Report by Surgeon-Major Lyons, I.M.S., President of the Plague Research Committee - Part I
Disease focus: Plague
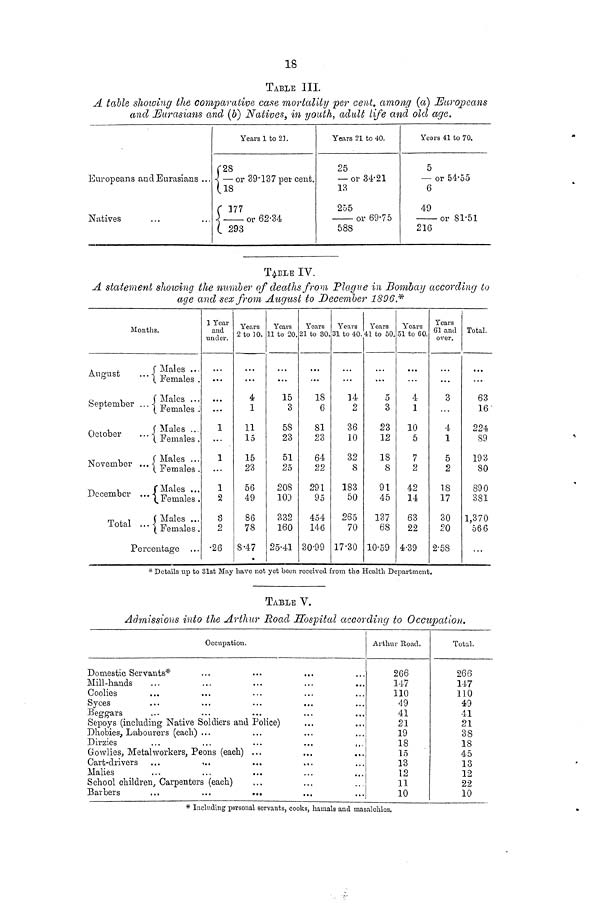
18
TABLE III.
A table showing the comparative case mortality per cent. among (a) Europeans
and Eurasians and (b) Natives, in youth, adult life and old age.
Europeans and Eurasians ...
Natives
Years 1 to 21
28
i —or 39.137 per cent.
18
177
. or 62.34
293
Years 21 to 40.
25
— or 34.21
13
255
or 69.75
588
Years 41 to 70.
5
— or 54.55
6
49
or 81.51
216
TABLE IV.
A statement showing the number of deaths from Plague in Bombay according to
age and sex from August to December 1896 *
Months.
August
September ..
October
November ..
December ..
Total ..
Males ...
Females .
Males ...
Females .
Males ...
' Females .
Males ...
" Females .
Males ...
" Females .
Males ...
' Females .
Percentage
1 Year
and
under.
...
...
1
...
1
...
1
2
2
3
2
•26
Years
2 to 10.
...
4
1
11
15
15
23
56
49
86
78
8.47
Years
11 to 20.
...
15
3
58
23
51
25
208
109
332
160
25.41
Years
21 to 30
...
18
6
81
23
64
22
291
95
454
146
30.99
Years
31 to 40.
14
2
36
10
32
S
183
50
265
70
17.30
Years
41 to 50
...
5
3
23
12
18
8
91
45
137
68
10.59
Years
51 to GO.
4
1
10
5
7
2
42
14
63
22
4.39
Years
61 and
over.
...
3
...
4
1
5
2
18
17
30
20
2.58
Total.
...
63
16.
224
89
193
80
890
381
1,370
566
* Details up to 31st May have not yet been received from the Health Department.
TABLE V.
Admissions into the Arthur Road Hospital according to Occupation.
Occupation.
Domestic Servants*
Mill-hands
Coolies
Syces
Beggars
Sepoys (including Native Soldiers and Police)
Dhobies, Labourers (each) ...
Dirzies
...
...
...
...
,..
Gowlies, Metalworkers, Peons (each) ...
Cart-drivers
Malies
School children, Carpenters (each)
Barbers
...
...
...
Arthur Road.
266
147
110
49
41
21
19
18
15
13
12
11
10
Total.
266
147
110
49
41
21
38
18
45
13
12
22
10
* Including personal servants, cooks, harnais and masalchies,